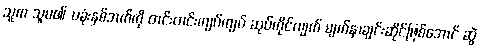
သူက သူမ၏ ပခုံးနှစ်ဘက်ကို တင်းတင်းကျပ်ကျပ် ဆုပ်ကိုင်လျက် မျက်နှာချင်းဆိုင်ဖြစ်အောင် ဆွဲ